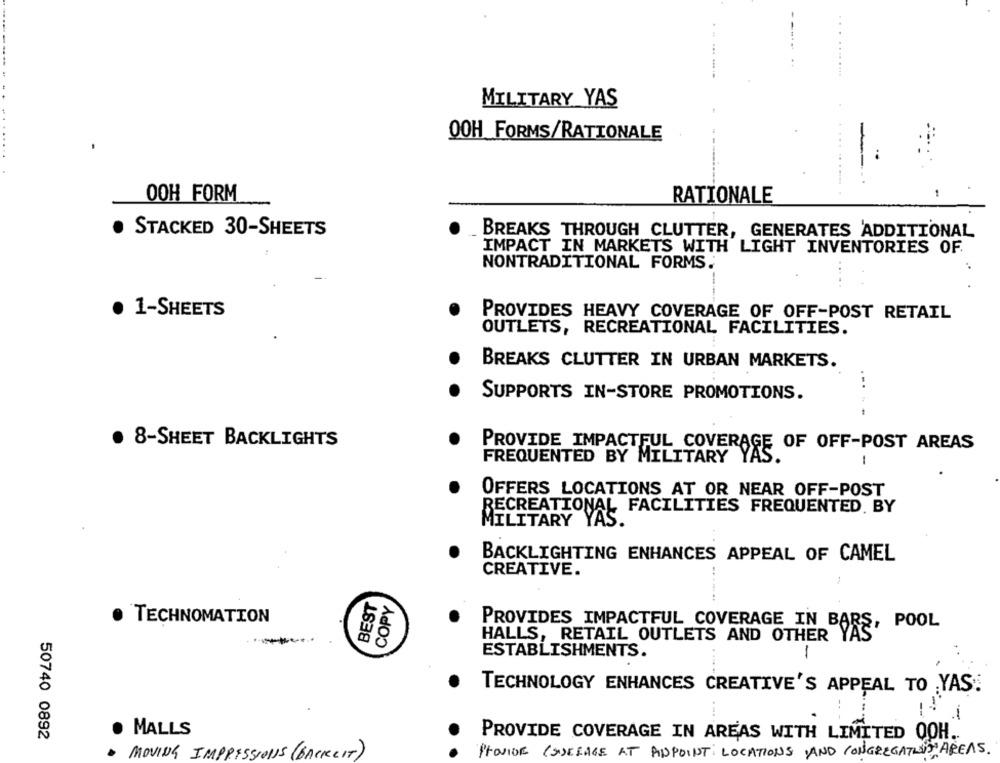
MILITARY YAS
OOH FORMS/RATIONALE
OOH FORM
RATIONALE
. STACKED 30-SHEETS
BREAKS THROUGH CLUTTER, GENERATES ADDITIONAL
IMPACT IN MARKETS WITH LIGHT INVENTORIES OF
NONTRADITIONAL FORMS.
-
1-SHEETS
PROVIDES HEAVY COVERAGE OF OFF-POST RETAIL
OUTLETS, RECREATIONAL FACILITIES.
BREAKS CLUTTER IN URBAN MARKETS.
...
SUPPORTS IN-STORE PROMOTIONS.
. 8-SHEET BACKLIGHTS
PROVIDE IMPACTFUL COVERAGE OF OFF-POST AREAS
FREQUENTED BY MILITARY
-
OFFERS LOCATIONS AT OR NEAR OFF-POST
RECREATIONAL FACILITIES FREQUENTED. BY
MILITARY YAS.
BACKLIGHTING ENHANCES APPEAL OF CAMEL
CREATIVE.
BEST
......
COPY
· TECHNOMATION
POOL
PROVIDES IMPACTFUL COVERAGE IN BARS,
HALLS, RETAIL OUTLETS AND OTHER
ESTABLISHMENTS.
TECHNOLOGY ENHANCES CREATIVE'S APPEAL TO YAS:
MALLS
50740 0892
PROVIDE COVERAGE IN AREAS WITH LIMITED QOH.
MOVING IMPRESSIONS (BACKLIT)
Provide (SCIAGE AT ADPOINT: LOCATIONS AND CONGREGATION AREAS.